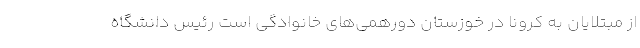
از مبتلایان به کرونا در خوزستان دورهمی‌های خانوادگی است رئیس دانشگاه